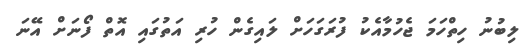
ލިބުނު ހިތްހަމަ ޖެހުމާއެކު ފުރަގަހަށް ލައިގެން ހުރި އަތުގައި އޮތް ފޯނަށް އޭނަ